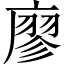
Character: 廖